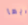
ايها